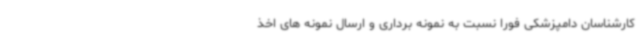
کارشناسان دامپزشکی فوراً نسبت به نمونه برداری و ارسال نمونه های اخذ